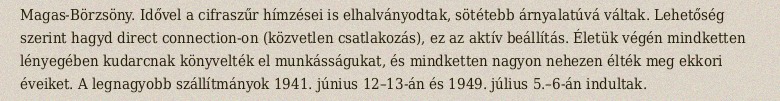
Magas-Börzsöny. Idővel a cifraszűr hímzései is elhalványodtak, sötétebb árnyalatúvá váltak. Lehetőség szerint hagyd direct connection-on (közvetlen csatlakozás), ez az aktív beállítás. Életük végén mindketten lényegében kudarcnak könyvelték el munkásságukat, és mindketten nagyon nehezen élték meg ekkori éveiket. A legnagyobb szállítmányok 1941. június 12–13-án és 1949. július 5.–6-án indultak.